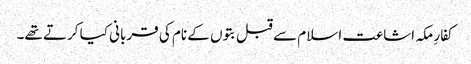
کفارِ مکہ اشاعت اسلام سے قبل بتوں کے نام کی قربانی کیا کرتے تھے۔